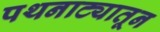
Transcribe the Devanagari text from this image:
पथनाट्यातून